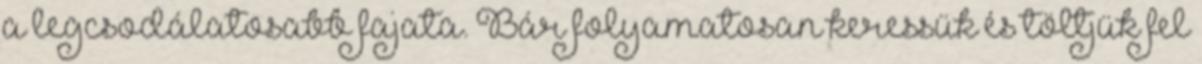
a legcsodálatosabb fajata. Bár folyamatosan keressük és töltjük fel